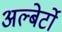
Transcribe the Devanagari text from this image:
अल्बेर्टो